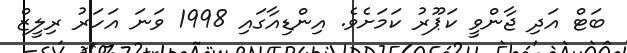
ބަޓް އަދި ޖާންވީ ކަޕޫރު ކަމަށެވެ. އިންޑިއާގައި 1998 ވަނަ އަހަރު ރިލީޒް